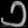
Digit: ၁